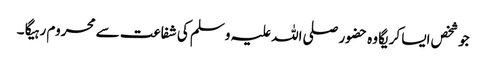
جو شخص ایسا کریگا وہ حضور صلی اللہ علیہ وسلم کی شفاعت سے محروم رہیگا ۔